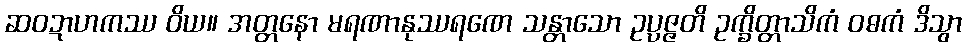
ဆဝဍာဟကဿ ဝိယ။ အတ္တနော မရဏာနုဿရဏေ သန္တာသော ဥပ္ပဇ္ဇတိ ဥက္ခိတ္တာသိကံ ဝဓကံ ဒိသွာ